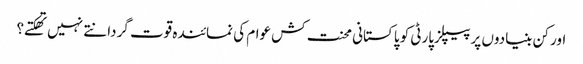
اور کن بنیادوں پر پیپلزپارٹی کو پاکستانی محنت کش عوام کی نمائندہ قوت گردانتے نہیں تهکتے؟